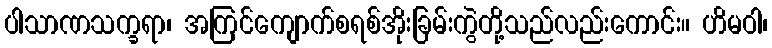
ပါသာဏသက္ခရာ၊ အကြင်ကျောက်စရစ်အိုးခြမ်းကွဲတို့သည်လည်းကောင်း။ ဟိမဝါ၊